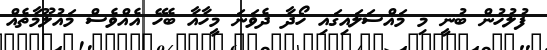
ފުލުހުން ބުނީ މި މައްސަލައިގައި ހޯދާ ދެވަނަ މީހާއާ ބެހޭ އެއްވެސް މައުލޫމާތެއް